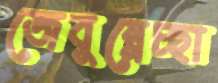
জেবুন্নেচ্ছা